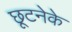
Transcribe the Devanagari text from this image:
छूटनेके